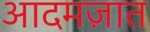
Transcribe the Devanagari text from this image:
आदमज़ात